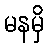
မနမှိ